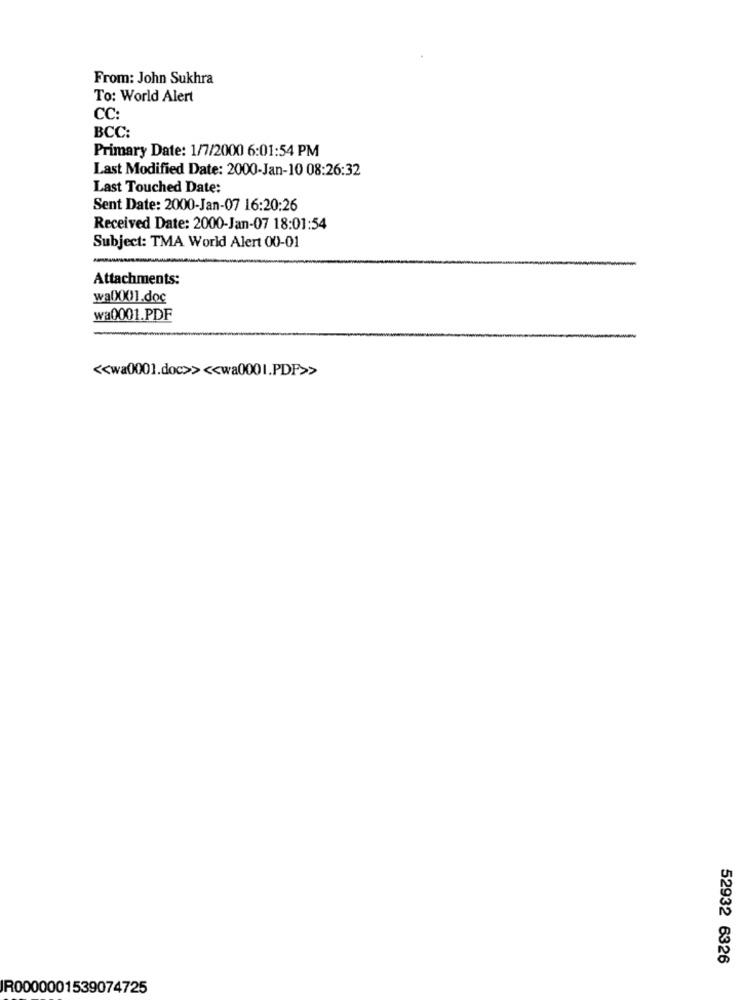
From: John Sukhra
To: World Alert
CC:
BCC:
Primary Date: 1/7/2000 6:01:54 PM
Last Modified Date: 2000-Jan-10 08:26:32
Last Touched Date:
Sent Date: 2000-Jan-07 16:20:26
Received Date: 2000-Jan-07 18:01:54
Subject: TMA World Alert 00-01
Attachments:
walX(0)1.doc
wa0001.PDF
<< wa0001.doc>> << wa0001.PDF>>
52932 6326
R0000001539074725